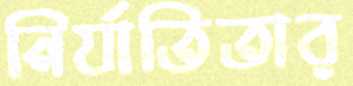
নির্যাতিতার